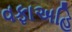
વફાઅહિ